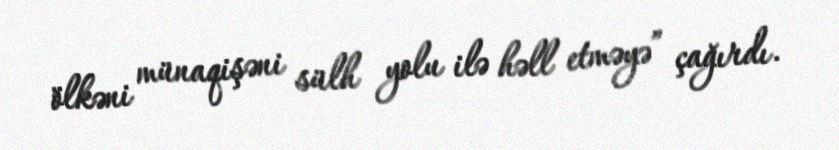
ölkəni münaqişəni sülh yolu ilə həll etməyə” çağırdı.